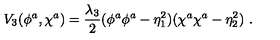
V _ { 3 } ( \phi ^ { a } , \chi ^ { a } ) = \frac { \lambda _ { 3 } } 2 ( \phi ^ { a } \phi ^ { a } - \eta _ { 1 } ^ { 2 } ) ( \chi ^ { a } \chi ^ { a } - \eta _ { 2 } ^ { 2 } ) \ .